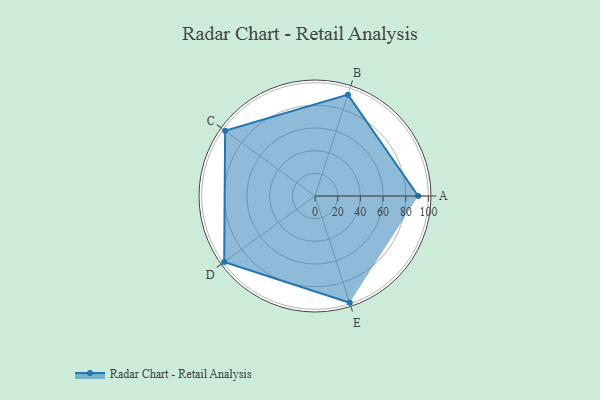
{"axis": {"x": "Skill", "y": "Score"}, "legend": ["Profile"], "data": [{"x": "A", "y": 91.0, "type": "Profile"}, {"x": "B", "y": 94.0, "type": "Profile"}, {"x": "C", "y": 98.0, "type": "Profile"}, {"x": "D", "y": 99, "type": "Profile"}, {"x": "E", "y": 99, "type": "Profile"}]}